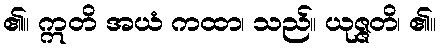
၏။ ဣတိ အယံ ကထာ၊ သည်။ ယုဇ္ဇတိ၊ ၏။